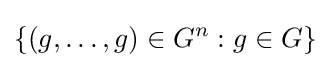
\{(g,\dots ,g)\in G^{n}:g\in G\}